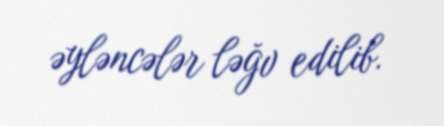
əyləncələr ləğv edilib.